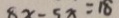
8 x - 5 x = 1 8